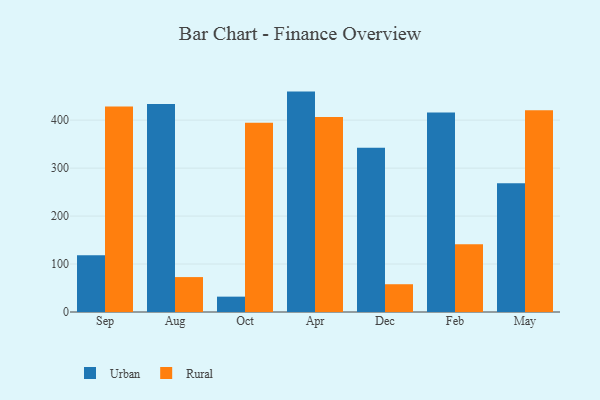
{"axis": {"x": "Month", "y": "Revenue (USD Million)"}, "legend": ["Rural", "Urban"], "data": [{"x": "Sep", "y": 118.3, "type": "Urban"}, {"x": "Sep", "y": 428.2, "type": "Rural"}, {"x": "Aug", "y": 433.7, "type": "Urban"}, {"x": "Aug", "y": 72.8, "type": "Rural"}, {"x": "Oct", "y": 32.0, "type": "Urban"}, {"x": "Oct", "y": 394.5, "type": "Rural"}, {"x": "Apr", "y": 459.5, "type": "Urban"}, {"x": "Apr", "y": 406.7, "type": "Rural"}, {"x": "Dec", "y": 342.3, "type": "Urban"}, {"x": "Dec", "y": 57.9, "type": "Rural"}, {"x": "Feb", "y": 416.0, "type": "Urban"}, {"x": "Feb", "y": 141.4, "type": "Rural"}, {"x": "May", "y": 268.3, "type": "Urban"}, {"x": "May", "y": 420.5, "type": "Rural"}]}